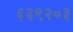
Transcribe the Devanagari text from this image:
६३९२०३